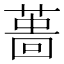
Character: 𦸜